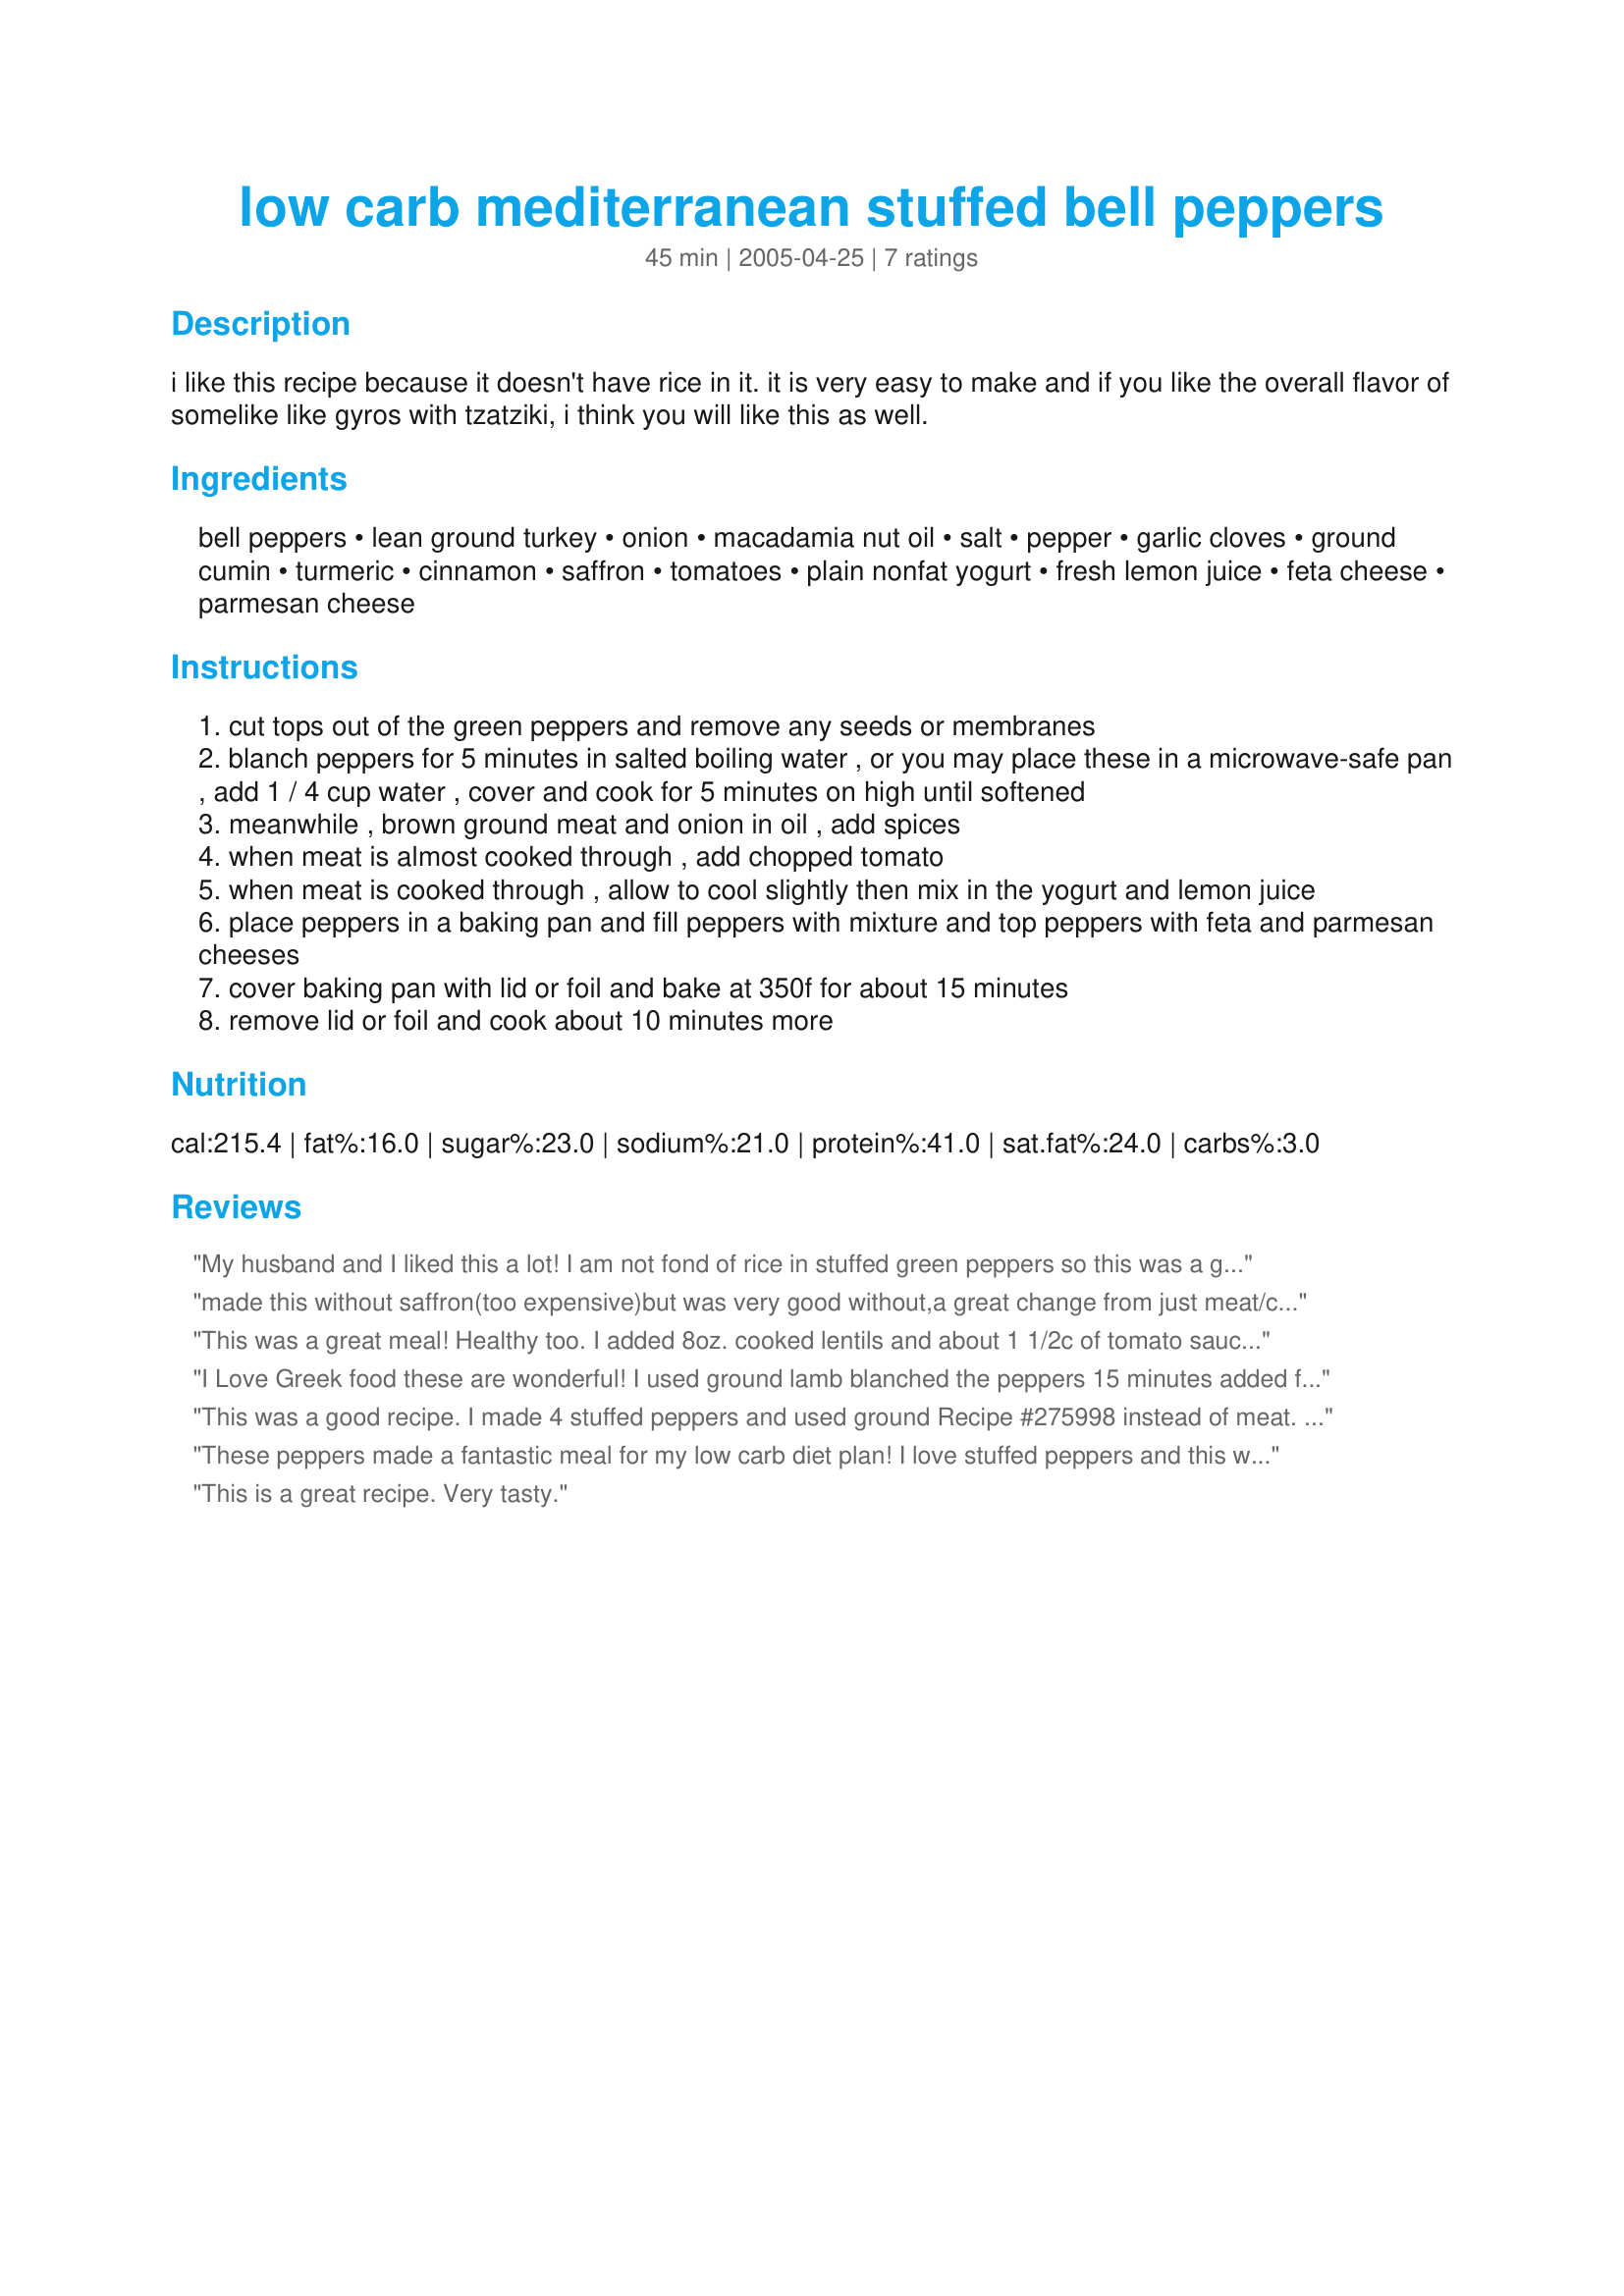
low carb mediterranean stuffed bell peppers
Preparation time: 45 minutes

i like this recipe because it doesn't have rice in it. it is very easy to make and if you like the overall flavor of somelike like gyros with tzatziki, i think you will like this as well.

Ingredients:
bell peppers, lean ground turkey, onion, macadamia nut oil, salt, pepper, garlic cloves, ground cumin, turmeric, cinnamon, saffron, tomatoes, plain nonfat yogurt, fresh lemon juice, feta cheese, parmesan cheese

Steps:
cut tops out of the green peppers and remove any seeds or membranes
blanch peppers for 5 minutes in salted boiling water , or you may place these in a microwave-safe pan , add 1 / 4 cup water , cover and cook for 5 minutes on high until softened
meanwhile , brown ground meat and onion in oil , add spices
when meat is almost cooked through , add chopped tomato
when meat is cooked through , allow to cool slightly then mix in the yogurt and lemon juice
place peppers in a baking pan and fill peppers with mixture and top peppers with feta and parmesan cheeses
cover baking pan with lid or foil and bake at 350f for about 15 minutes
remove lid or foil and cook about 10 minutes more

Reviews:
My husband and I liked this a lot! I am not fond of rice in stuffed green peppers so this was a great find. I did add one third of a can of tomato soup to the meat mixture and poured the remaining two thirds of the soup over the stuffed green peppers. The measurements of the seasonings was perfect. Oh, I did use ground turkey.
made this without saffron(too expensive)but was very good without,a great change from just meat/cheese dishes,thanks for posting it we will definately have this again soon
This was a great meal! Healthy too. I added 8oz. cooked lentils and about 1 1/2c of tomato sauce. To keep the flavor I doubled the spice amounts and added about 8-10oz yogurt. Yummy! Thanks for posting evelync1985.
I Love Greek food these are wonderful! I used ground lamb blanched the peppers 15 minutes added fenugreek, a half teasooon . Instead of fresh I used a half cup dried tomatos in olive oil instead of salt used greek season salt you gotta try these Yum
This was a good recipe. I made 4 stuffed peppers and used ground Recipe #275998 instead of meat. I was unable to find a 4-5 oz. container of plain nonfat yogurt, so I used a lowfat french vanilla and it worked out fine. I also left out the cheese. Tasted great, thank you!
These peppers made a fantastic meal for my low carb diet plan! I love stuffed peppers and this was a nice and different way to prepare them. I microwaved my peppers, used 93% lean ground turkey and omitted the saffron because I didn't have it on hand; but followed the rest of the recipe as stated. The seasonings blended very well with the turkey. Next time, I may add just a tiny bit of tomato sauce to the meat mixture, or, maybe not, because these peppers tasted great as is. I served this with a side of Tish's #61953 Tomato-Cucumber-Feta Salad. Thanks for sharing this recipe!
This is a great recipe. Very tasty.
